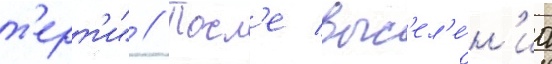
т'ерт'и" // Посл'е выс'ел'е́н'иа